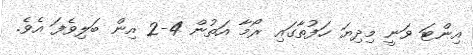
އިންޓަ ވަނީ މިދިޔަ ހަފުތާގައި ރޯމާ އަތުން 4-2 އިން ބަލިވެފަ އެވެ.